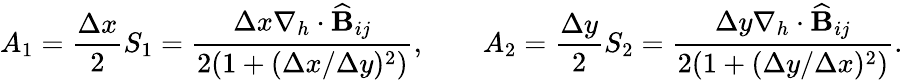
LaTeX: A_{1}=\frac{\Delta x}{2}S_{1}=\frac{\Delta x\nabla_{h}\cdot\widehat{\mathbf{B}}_{ij}}{2(1+(\Delta x/\Delta y)^{2})},\qquad A_{2}=\frac{\Delta y}{2}S_{2}=\frac{\Delta y\nabla_{h}\cdot\widehat{\mathbf{B}}_{ij}}{2(1+(\Delta y/\Delta x)^{2})}.